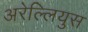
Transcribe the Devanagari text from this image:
अरेल्लियुस